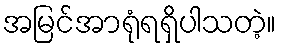
အမြင်အာရုံရရှိပါသတဲ့။